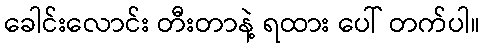
ခေါင်းလောင်း တီးတာနဲ့ ရထား ပေါ် တက်ပါ။